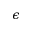
\epsilon